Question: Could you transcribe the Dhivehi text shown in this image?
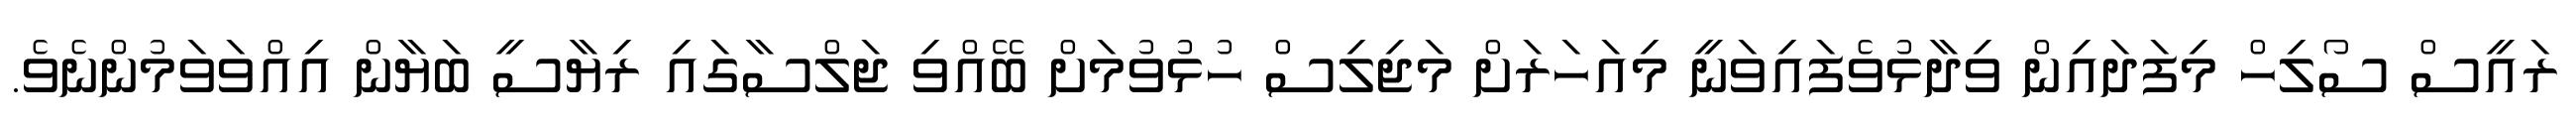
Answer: ރައީސް ސޯލިހް މިފަދައިން ވިދާޅުވެފައިވަނީ މިއަހަރަށް މަޖިލިސް ހުޅުވުމަށް ބޭއްވި ޖަލްސާގައި ރިޔާސީ ބަޔާން އިއްވަވަމުންނެވެ.